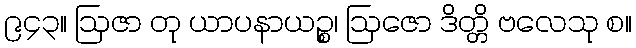
၉၄၃။ ဩဇာ တု ယာပနာယဉ္စ၊ ဩဇော ဒိတ္တိ ဗလေသု စ။